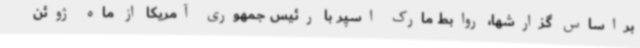
براساس گزارشها، روابط مارک اسپر با رئیس جمهوری آمریکا از ماه ژوئن